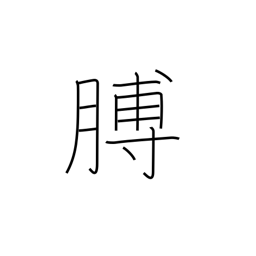
Meaning: arm